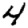
Digit: 4